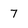
Character: 7